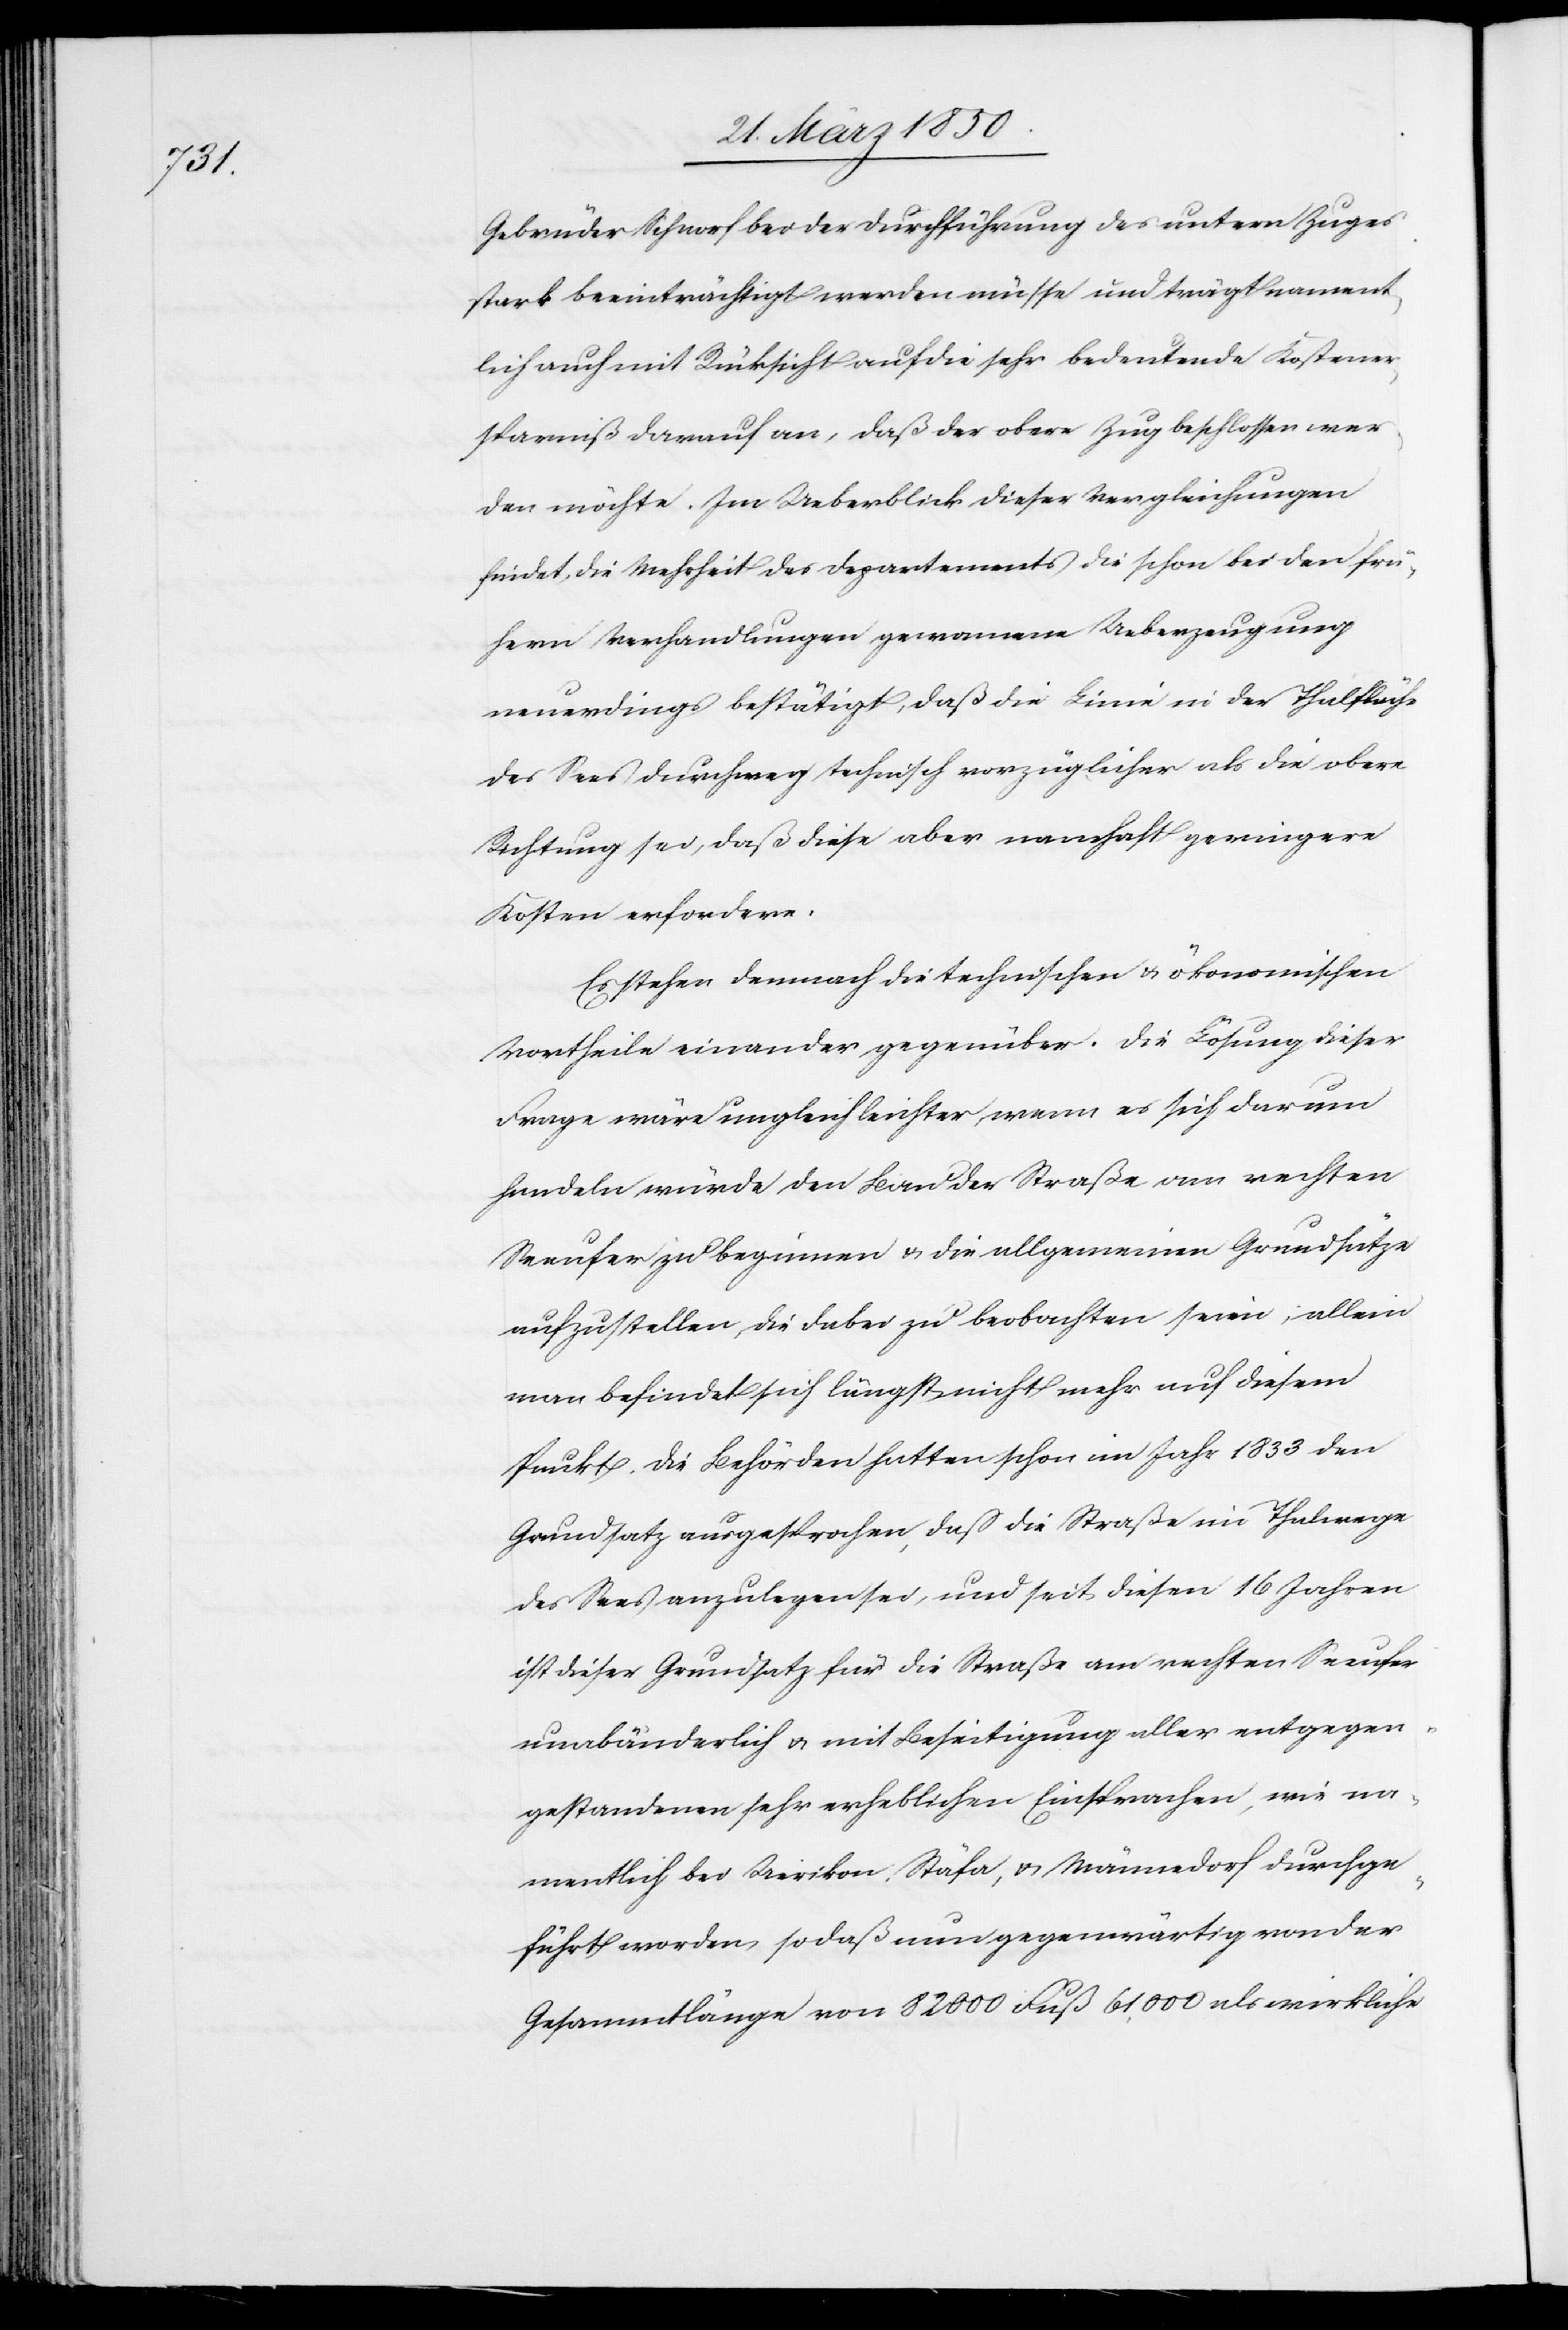
Gebrüder Schnorf bei der Durchführung des untern Zuges
stark beeinträchtigt werden müsse und trägt nament¬
lich auch mit Rücksicht auf die sehr bedeutende Kostener¬
sparniß darauf an, daß der obere Zug beschlossen wer¬
den möchte. Im Ueberblick dieser Vergleichungen
findet, die Mehrheit des Departements die schon bei den frü¬
hern Verhandlungen gewonnene Ueberzeugung
neuerdings bestätigt, daß die Linie in der Thalfläche
des Sees durchweg technisch vorzüglicher als die obere
Richtung sei, daß diese aber namhaft geringere
Kosten erfordere.
Es stehen demnach die technischen u. ökonomischen
Vortheile einander gegenüber. Die Lösung dieser
Frage wäre ungleich leichter, wenn es sich darum
handeln würde, den Bau der Straße am rechten
Seeufer zu beginnen u. die allgemeinen Grundsätze
aufzustellen, die dabei zu beobachten seien; allein
man befindet sich längst nicht mehr auf diesem
Punkt. Die Behörden hatten schon im Jahr 1833 den
Grundsatz ausgesprochen, daß die Straße im Thalwege
des Sees anzulegen sei, und seit diesen 16 Jahren
ist dieser Grundsatz für die Straße am rechten Seeufer
unabänderlich u. mit Beseitigung aller entgegen¬
gestandenen sehr erheblichen Einsprachen, wie na¬
mentlich bei Uerikon, Stäfa, u. Männedorf durchge¬
führt worden, so daß nun gegenwärtig von der
Gesammtlänge von 8200 Fuß 61,000 als wirkliche